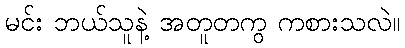
မင်း ဘယ်သူနဲ့ အတူတကွ ကစားသလဲ။